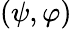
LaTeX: (\psi,\varphi)